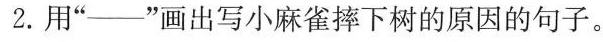
2. 用”——”画出写小麻雀摔下树的原因的句子。